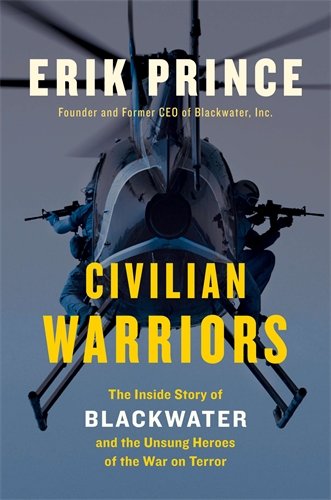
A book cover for Civilian Warriors: The Inside Story of Blackwater and the Unsung Heroes of the War on Terror; Erik Prince; Biographies & Memoirs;